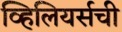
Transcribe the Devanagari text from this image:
व्हिलियर्सची